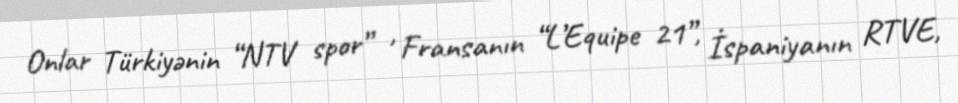
Onlar Türkiyənin “NTV spor” , Fransanın “L’Equipe 21”, İspaniyanın RTVE,